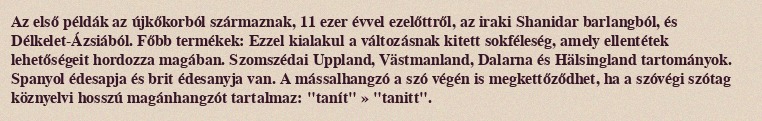
Az első példák az újkőkorból származnak, 11 ezer évvel ezelőttről, az iraki Shanidar barlangból, és Délkelet-Ázsiából. Főbb termékek: Ezzel kialakul a változásnak kitett sokféleség, amely ellentétek lehetőségeit hordozza magában. Szomszédai Uppland, Västmanland, Dalarna és Hälsingland tartományok. Spanyol édesapja és brit édesanyja van. A mássalhangzó a szó végén is megkettőződhet, ha a szóvégi szótag köznyelvi hosszú magánhangzót tartalmaz: "tanít" » "tanitt".